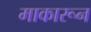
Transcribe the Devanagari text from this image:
माकारून